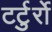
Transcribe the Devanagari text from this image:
टर्टुर्रो